Indian journal of veterinary science and animal husbandry - Volume 8,
Year: 1938
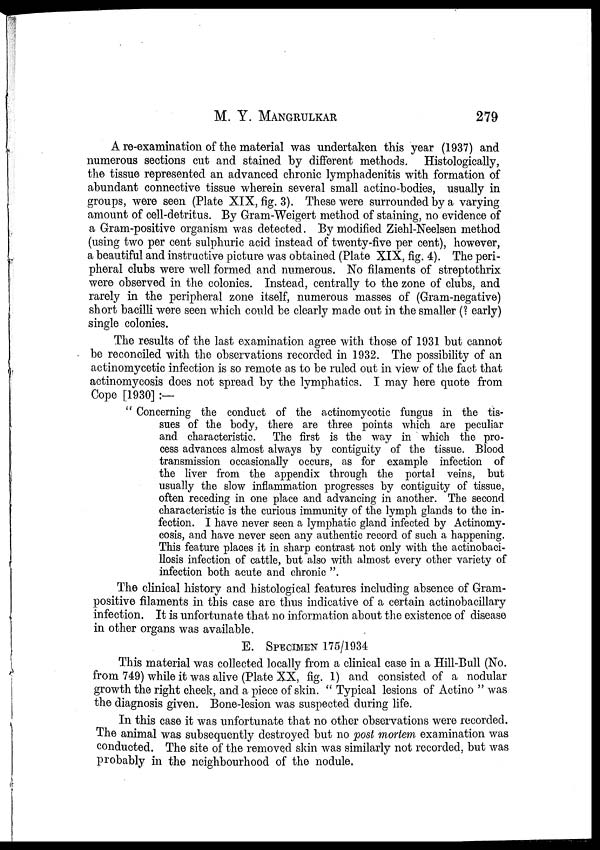
M. Y.
MANGRULKAR
279
A re-examination of the material was undertaken this year (1937) and
numerous sections cut and stained by different methods. Histologically,
the tissue represented an advanced chronic lymphadenitis with formation of
abundant connective tissue wherein several small actino-bodies, usually in
groups, were seen (Plate XIX, fig. 3). These were surrounded by a varying
amount of cell-detritus. By Gram-Weigert method of staining, no evidence of
a Gram-positive organism was detected. By modified Ziehl-Neelsen method
(using two per cent sulphuric acid instead of twenty-five per cent), however,
a beautiful and instructive picture was obtained (Plate XIX, fig. 4). The peri-
pheral clubs were well formed and numerous. No filaments of streptothrix
were observed in the colonies. Instead, centrally to the zone of clubs, and
rarely in the peripheral zone itself, numerous masses of (Gram-negative)
short bacilli were seen which could be clearly made out in the smaller (? early)
single colonies.
The results of the last examination agree with those of 1931 but cannot
be reconciled with the observations recorded in 1932. The possibility of an
actinomycetic infection is so remote as to be ruled out in view of the fact that
actinomycosis does not spread by the lymphatics. I may here quote from
Cope [1930] :—
" Concerning the conduct of the actinomycotic fungus in the tis-
sues of the body, there are three points which are peculiar
and characteristic. The first is the way in which the pro-
cess advances almost always by contiguity of the tissue. Blood
transmission occasionally occurs, as for example infection of
the liver from the appendix through the portal veins, but
usually the slow inflammation progresses by contiguity of tissue,
often receding in one place and advancing in another. The second
characteristic is the curious immunity of the lymph glands to the in-
fection. I have never seen a lymphatic gland infected by Actinomy-
cosis, and have never seen any authentic record of such a happening.
This feature places it in sharp contrast not only with the actinobaci¬
llosis infection of cattle, but also with almost every other variety of
infection both acute and chronic ".
The clinical history and histological features including absence of Gram-
positive filaments in this case are thus indicative of a certain actinobacillary
infection. It is unfortunate that no information about the existence of disease
in other organs was available.
E. SPECIMEN 175/1934
This material was collected locally from a clinical case in a Hill-Bull (No.
from 749) while it was alive (Plate XX, fig. 1) and consisted of a nodular
growth the right cheek, and a piece of skin. " Typical lesions of Actino " was
the diagnosis given. Bone-lesion was suspected during life.
In this case it was unfortunate that no other observations were recorded.
The animal was subsequently destroyed but no post mortem examination was
conducted. The site of the removed skin was similarly not recorded, but was
probably in the neighbourhood of the nodule.